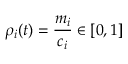
\rho _ { i } ( t ) = \frac { m _ { i } } { { c _ { i } } } \in [ 0 , 1 ]